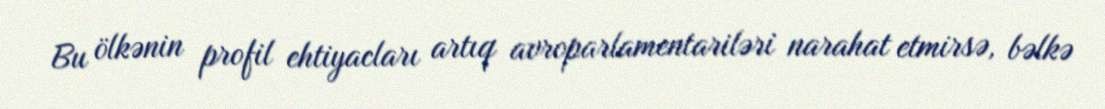
Bu ölkənin profil ehtiyacları artıq avroparlamentariləri narahat etmirsə, bəlkə